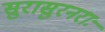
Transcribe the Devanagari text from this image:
सुरासुरनराः